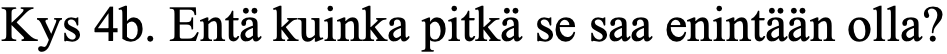
Kys 4b. Entä kuinka pitkä se saa enintään olla?